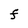
Character: F